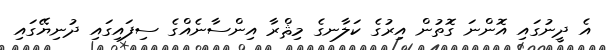
އެ ދީނުގައި އޮންނަ ގޮތުން އިރުގެ ކަލާނގެ މިޘްރާ އިންސާނެއްގެ ސިފައިގައި ދުނިޔޭގައި